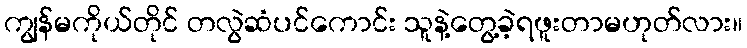
ကျွန်မကိုယ်တိုင် တလွဲဆံပင်ကောင်း သူနဲ့တွေ့ခဲ့ရဖူးတာမဟုတ်လား။